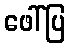
ဖေါ်ပြ